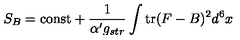
S _ { B } = \mathrm { c o n s t } + { \frac { 1 } { \alpha ^ { \prime } g _ { s t r } } } \int \mathrm { t r } ( F - B ) ^ { 2 } d ^ { 6 } x